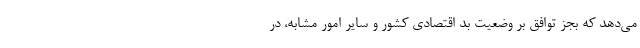
می‌دهد که بجز توافق بر وضعیت بد اقتصادی کشور و سایر امور مشابه، در